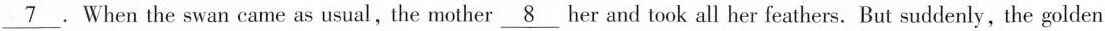
\underline{7} When the swan came as usual, the mother \underline{8} her and took all her feathers. But suddenly, the golden \underline{7} ,